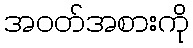
အဝတ်အစားကို